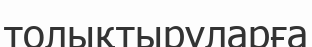
толықтыруларға